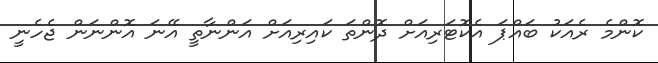
ކޮންމެ ރެއަކު ބައްޕަ އެކޮޓަރިއަށް ދޮންތަ ކައިރިއަށް އަންނާތީ އޭނަ އޮންނަން ޖެހެނީ